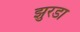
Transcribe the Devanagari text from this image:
झुरडा